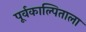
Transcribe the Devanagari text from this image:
पूर्वकाल्पिताला